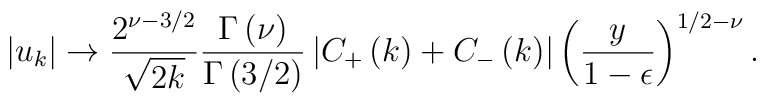
\left|u_{k}\right| \rightarrow {2^{\nu - 3/2} \over \sqrt{2 k}} {\Gamma\left(\nu\right) \over \Gamma\left(3/2\right)} \left|C_{+}\left(k\right) + C_{-}\left(k\right)\right| \left({y \over 1 - \epsilon}\right)^{1/2 - \nu}.